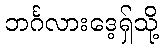
ဘင်္ဂလားဒေ့ရှ်သို့